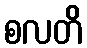
စလတိ